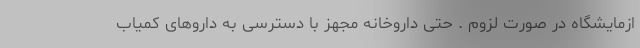
ازمایشگاه در صورت لزوم . حتی داروخانه مجهز با دسترسی به داروهای کمیاب